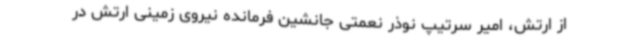
از ارتش، امیر سرتیپ نوذر نعمتی جانشین فرمانده نیروی زمینی ارتش در